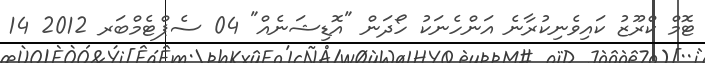
ޓޮމް ކްރޫޒު ކައިވެނިކުރާނެ އަންހެނަކު ހޯދަން "އޮޑިޝަނެއް" 04 ސެޕްޓެމްބަރ 2012 14